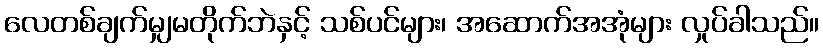
လေတစ်ချက်မျှမတိုက်ဘဲနှင့် သစ်ပင်များ၊ အဆောက်အအုံများ လှုပ်ခါသည်။